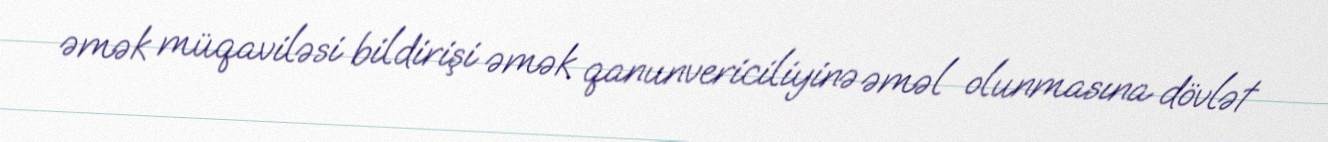
əmək müqaviləsi bildirişi əmək qanunvericiliyinə əməl olunmasına dövlət